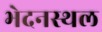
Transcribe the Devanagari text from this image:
भेदनस्थल